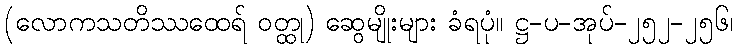
(လောကသတိဿထေရ် ဝတ္ထု) ဆွေမျိုးများ ခံရပုံ။ ဋ္ဌ-ပ-အုပ်-၂၅၂-၂၅၆၊